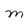
Character: M